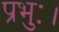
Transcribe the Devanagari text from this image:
प्रभुः।